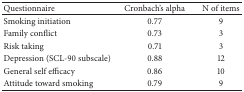
<table><thead><tr><td><b>Questionnaire</b></td><td><b>Cronbach&#x27;s alpha</b></td><td><b>N of items</b></td></tr></thead><tbody><tr><td>Smoking initiation</td><td>0.77</td><td>9</td></tr><tr><td>Family conflict</td><td>0.73</td><td>3</td></tr><tr><td>Risk taking</td><td>0.71</td><td>3</td></tr><tr><td>Depression (SCL-90 subscale)</td><td>0.88</td><td>12</td></tr><tr><td>General self efficacy</td><td>0.86</td><td>10</td></tr><tr><td>Attitude toward smoking</td><td>0.79</td><td>9</td></tr></tbody></table>